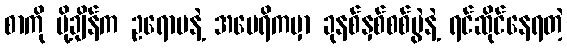
စာကို ပို့ချိန်က ဥရောပနဲ့ အမေရိကမှာ ခုနစ်နှစ်စစ်ပွဲနဲ့ ရင်ဆိုင်နေရတဲ့